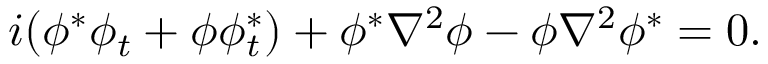
i ( \phi ^ { * } \phi _ { t } + \phi \phi _ { t } ^ { * } ) + \phi ^ { * } \nabla ^ { 2 } \phi - \phi \nabla ^ { 2 } \phi ^ { * } = 0 .